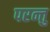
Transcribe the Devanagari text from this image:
परन्तु